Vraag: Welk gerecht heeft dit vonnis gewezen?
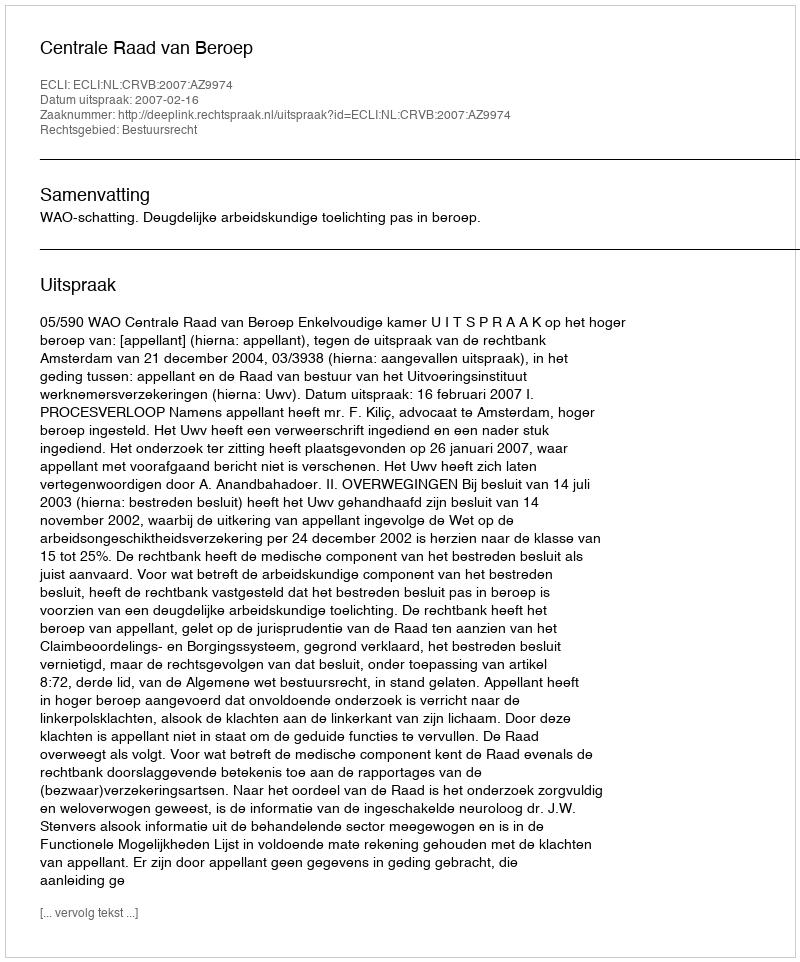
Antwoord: Centrale Raad van Beroep